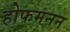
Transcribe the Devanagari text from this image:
होफमनन